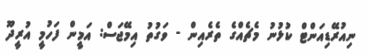
ނިއުރޭޑިއަންޓް ކުޅުނު މެޗެއްގެ ތެރެއިން - ވަގުތު އިމޭޖަސް: އަމީން ފަހުމީ އުރީދޫ